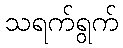
သရက်ရွက်